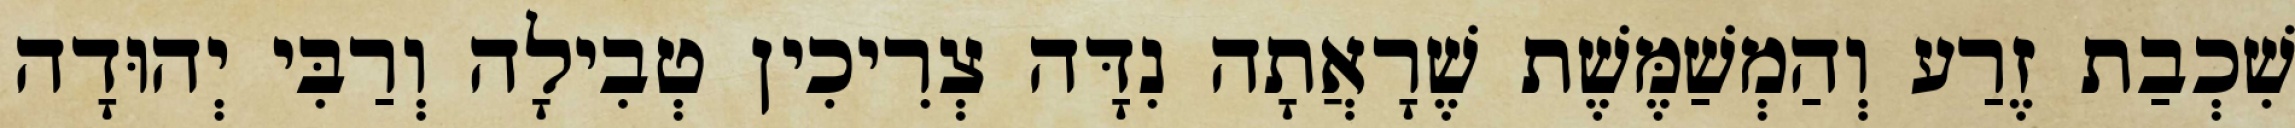
שִׁכְבַת זֶרַע וְהַמְשַׁמֶּשֶׁת שֶׁרָאֲתָה נִדָּה צְרִיכִין טְבִילָה וְרַבִּי יְהוּדָה